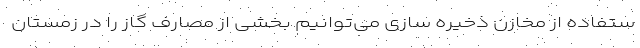
ستفاده از مخازن ذخیره سازی می‌توانیم بخشی از مصارف گاز را در زمستان